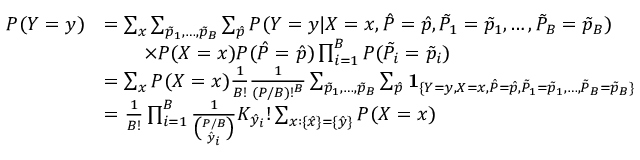
\begin{array} { r l } { P ( Y = y ) } & { = \sum _ { x } \sum _ { \Tilde { p } _ { 1 } , \dots , \Tilde { p } _ { B } } \sum _ { \hat { p } } P ( Y = y | X = x , \hat { P } = \hat { p } , \Tilde { P } _ { 1 } = \Tilde { p } _ { 1 } , \dots , \Tilde { P } _ { B } = \Tilde { p } _ { B } ) } \\ & { \qquad \times P ( X = x ) P ( \hat { P } = \hat { p } ) \prod _ { i = 1 } ^ { B } P ( \Tilde { P } _ { i } = \Tilde { p } _ { i } ) } \\ & { = \sum _ { x } P ( X = x ) \frac { 1 } { B ! } \frac { 1 } { ( P / B ) ! ^ { B } } \sum _ { \Tilde { p } _ { 1 } , \dots , \Tilde { p } _ { B } } \sum _ { \hat { p } } \mathbf { 1 } _ { \{ Y = y , X = x , \hat { P } = \hat { p } , \Tilde { P } _ { 1 } = \Tilde { p } _ { 1 } , \dots , \Tilde { P } _ { B } = \Tilde { p } _ { B } \} } } \\ & { = \frac { 1 } { B ! } \prod _ { i = 1 } ^ { B } \frac { 1 } { \binom { P / B } { \hat { y } _ { i } } } K _ { \hat { y } _ { i } } ! \sum _ { x : \{ \hat { x } \} = \{ \hat { y } \} } P ( X = x ) } \end{array}